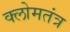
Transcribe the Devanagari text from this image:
क्लोमतंत्र